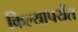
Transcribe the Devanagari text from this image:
किल्यापर्यंत